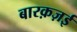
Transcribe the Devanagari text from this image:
बारक़ज़ई